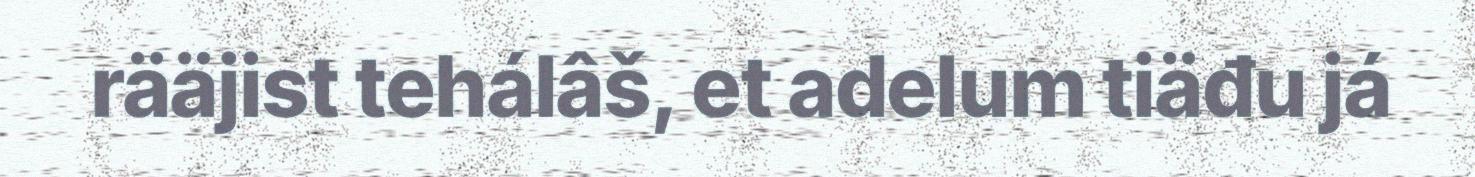
rääjist tehálâš, et adelum tiäđu já